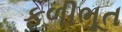
ફળીભૂત